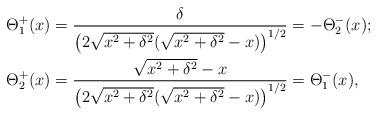
LaTeX: \begin{align*} \Theta_1^+(x) &= \dfrac{\delta}{\left(2\sqrt{x^2+\delta^2}(\sqrt{x^2+\delta^2}-x)\right)^{1/2}}= -\Theta_2^-(x) ;\\ \Theta_2^+(x)& = \dfrac{\sqrt{x^2+\delta^2}-x}{\left(2\sqrt{x^2+\delta^2}(\sqrt{x^2+\delta^2}-x)\right)^{1/2}}=\Theta_1^-(x),\end{align*}